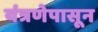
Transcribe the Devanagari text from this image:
यंत्रणेपासून